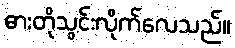
ဓားတိုသွင်းလိုက်လေသည်။